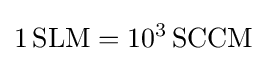
1\,{\text{SLM}}=10^{3}\,{\text{SCCM}}